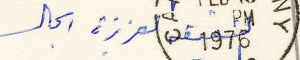
العزيزة انجال